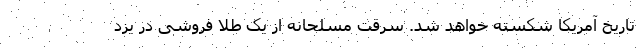
تاریخ آمریکا شکسته خواهد شد. سرقت مسلحانه از یک طلا فروشی در یزد